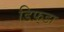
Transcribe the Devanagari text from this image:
डिफ़्डा